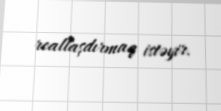
reallaşdırmaq istəyir.